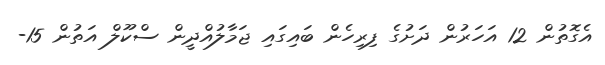
އެގޮތުން 12 އަހަރުން ދަށުގެ ފިރިހެން ބައިގައި ޖަމާލުއްދީން ސްކޫލް އަތުން 15-